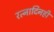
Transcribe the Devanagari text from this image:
रत्नादिनहीं